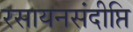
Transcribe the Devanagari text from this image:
रसायनसंदीप्ति